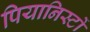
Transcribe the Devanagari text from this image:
पियानिस्टों